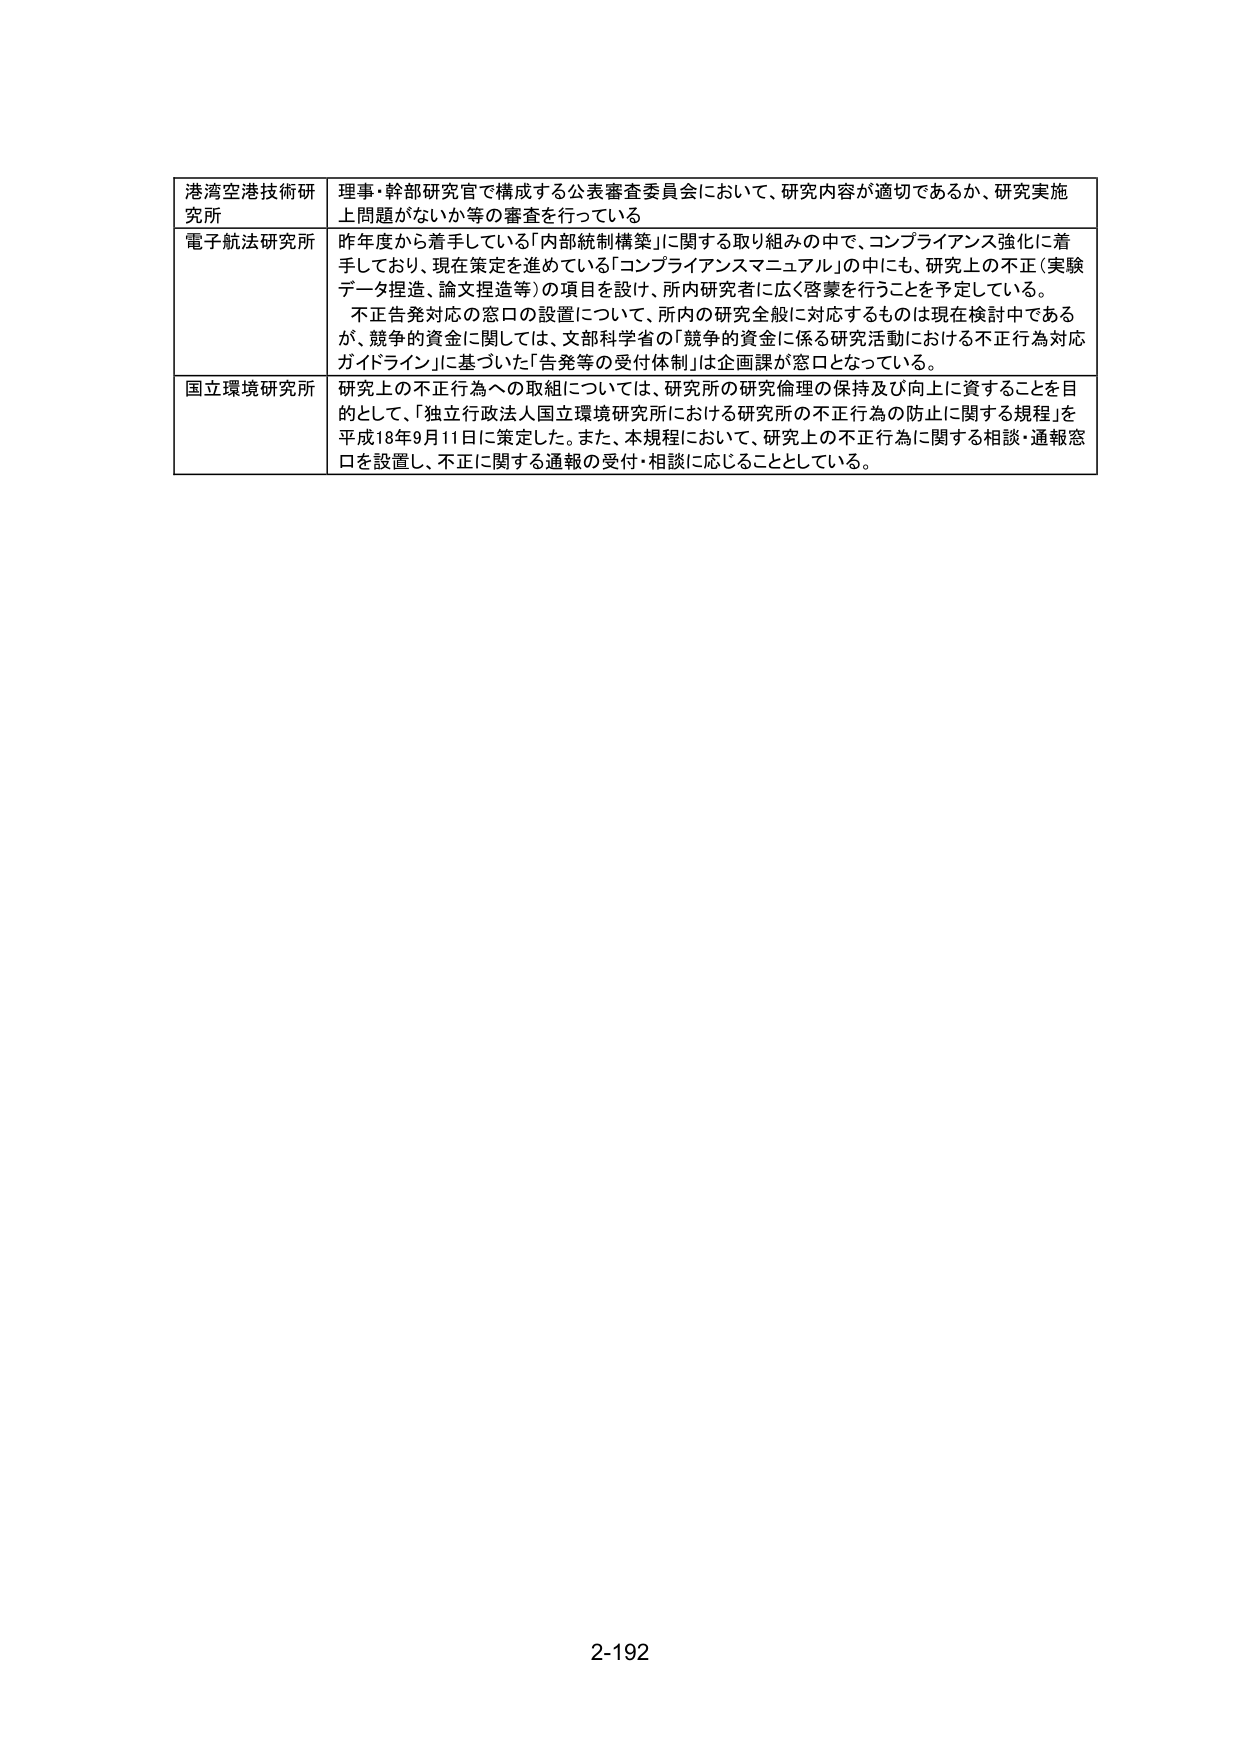
港湾空港技術研究所 理事・幹部研究官で構成する公表審査委員会において、研究内容が適切であるか、研究実施上問題がないか等の審査を行っている

電子航法研究所 昨年度から着手している「内部統制構築」に関する取り組みの中で、コンプライアンス強化に着手しており、現在策定を進めている「コンプライアンスマニュアル」の中にも、研究上の不正（実験データ捏造、論文捏造等）の項目を設け、所内研究者に広く啓蒙を行うことを予定している。 不正告発対応の窓口の設置について、所内の研究全般に対応するものは現在検討中であるが、競争的資金に関しては、文部科学省の「競争的資金に係る研究活動における不正行為対応ガイドライン」に基づいた「告発等の受付体制」は企画課が窓口となっている。

国立環境研究所 研究上の不正行為への取組については、研究所の研究倫理の保持及び向上に資することを目的として、「独立行政法人国立環境研究所における研究所の不正行為の防止に関する規程」を平成18年9月11日に策定した。また、本規程において、研究上の不正行為に関する相談・通報窓口を設置し、不正に関する通報の受付・相談に応じることとしている。

2-192